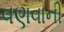
વણવાની